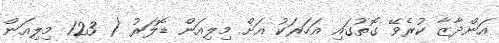
އަންދާޒާ ކުރެވޭ ގޮތުގައި އަހަރަކު އަށް މިލިއަން ޑޮލަރު ( 123 މިލިއަން